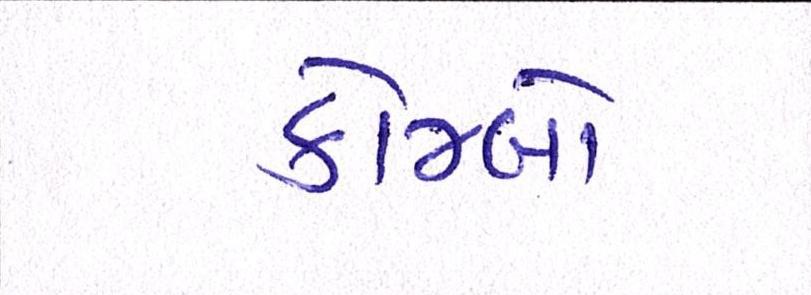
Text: કોમ્બો